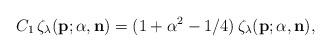
LaTeX: \begin{align*}C_1\,\zeta_{\lambda}({\bf p};{\alpha},{\bf n})= (1+\alpha^2-1/4)\,\zeta_{\lambda}({\bf p};{\alpha},{\bf n}),\end{align*}